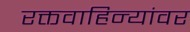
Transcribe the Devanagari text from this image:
रक्तवाहिन्यांवर